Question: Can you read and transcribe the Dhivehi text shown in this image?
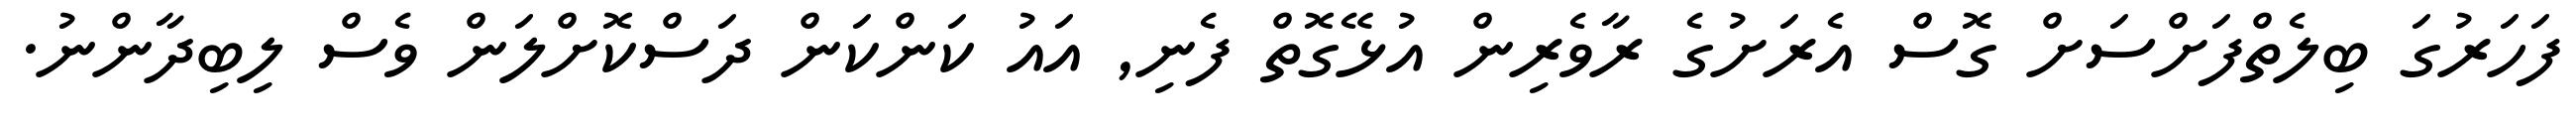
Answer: ފަހަރުގަ ބިލެތްފަށްސަށް ގޮސް އެރަށުގެ ރާވެރިން އުޅޭގޮތް ފެނި, އައު ކަންކަން ދަސްކޮށްލަން ވެސް ލިބިދާންނު.